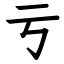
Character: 亏